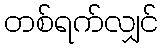
တစ်ရက်လျှင်